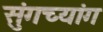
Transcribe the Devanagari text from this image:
सुंगच्यांग